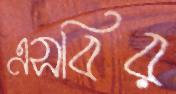
এসবির